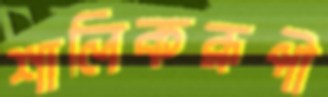
শালিকরূপী